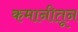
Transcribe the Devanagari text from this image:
कमानीतून